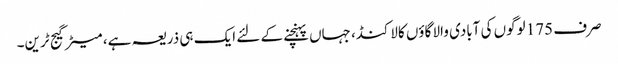
صرف 175 لوگوں کی آبادی والا گاؤں کالاکنڈ، جہاں پہنچنے کے لئے ایک ہی ذریعہ ہے، میٹر گیج ٹرین۔